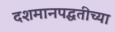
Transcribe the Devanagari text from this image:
दशमानपद्धतीच्या